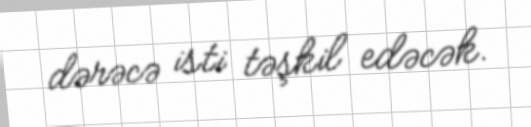
dərəcə isti təşkil edəcək.